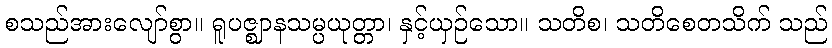
စသည်အားလျော်စွာ။ ရူပဇ္ဈာနသမ္ပယုတ္တာ၊ နှင့်ယှဉ်သော။ သတိစ၊ သတိစေတသိက် သည်